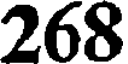
268